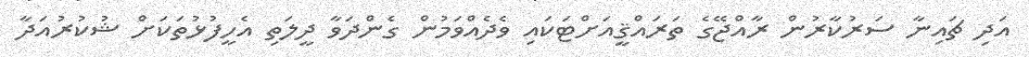
އަދި ޗައިނާ ސަރުކާރުން ރާއްޖޭގެ ތަރައްޤީއަށްޓަކައި ވެދެއްވަމުން ގެންދަވާ ދީލަތި އެހީފުޅުތަކަށް ޝުކުރުއަދާ